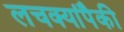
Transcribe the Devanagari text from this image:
लचक्यांपैकी